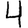
Digit: 4